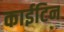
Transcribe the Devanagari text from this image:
काईटिन